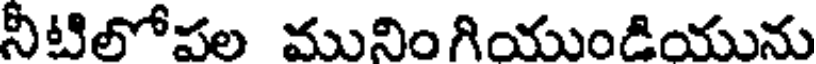
నీటిలోపల మునింగియుండియును